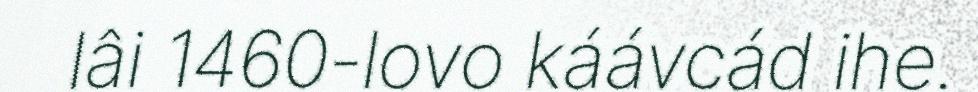
lâi 1460-lovo káávcád ihe.